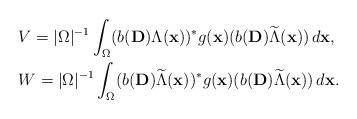
LaTeX: \begin{align*}&V=\vert \Omega \vert ^{-1}\int _{\Omega}(b(\mathbf{D})\Lambda (\mathbf{x}))^*g(\mathbf{x})(b(\mathbf{D})\widetilde{\Lambda}(\mathbf{x}))\,d\mathbf{x},\\&W=\vert \Omega \vert ^{-1}\int _{\Omega} (b(\mathbf{D})\widetilde{\Lambda}(\mathbf{x}))^*g(\mathbf{x})(b(\mathbf{D})\widetilde{\Lambda}(\mathbf{x}))\,d\mathbf{x}.\end{align*}